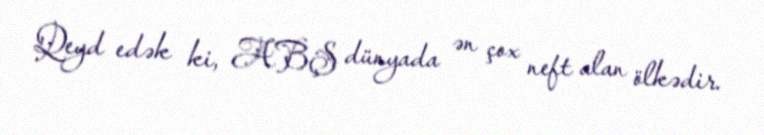
Qeyd edək ki, ABŞ dünyada ən çox neft alan ölkədir.